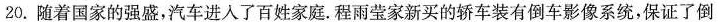
20. 随着国家的强盛，汽车进入了百姓家庭。程雨莹家新买的轿车装有倒车影像系统，保证了倒